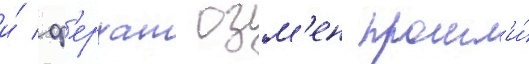
и́ ф'ерхат озм'ен прошл'и́